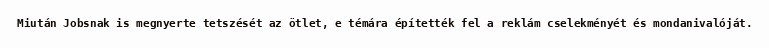
Miután Jobsnak is megnyerte tetszését az ötlet, e témára építették fel a reklám cselekményét és mondanivalóját.